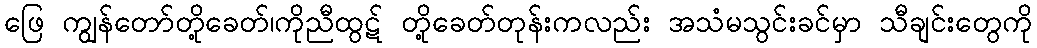
ဖြေ ကျွန်တော်တို့ခေတ်၊ကိုညီထွဋ် တို့ခေတ်တုန်းကလည်း အသံမသွင်းခင်မှာ သီချင်းတွေကို